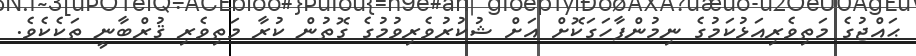
ޙައްޖުގެ މަތިވެރިއަޅުކަމުގެ ނިމުންފާހަގަކޮށް އަށް ޝުކުރުވެރިވުމުގެ ގޮތުން ކުރާ މަތިވެރި ޤުރްބާނީ ތަކެކެވެ.